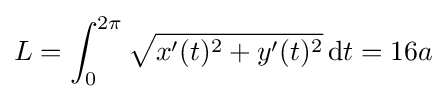
L=\int _{0}^{2\pi }{\sqrt {x'(t)^{2}+y'(t)^{2}}}\,\mathrm {d} t=16a